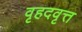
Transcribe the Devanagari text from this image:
वृहदवृत्त